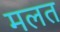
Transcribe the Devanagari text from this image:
मलत